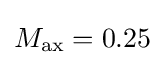
M_{\text{ax}}=0.25